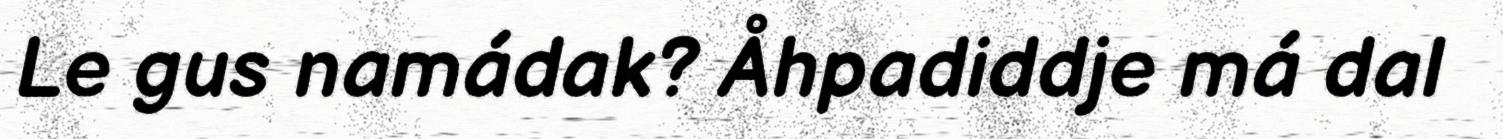
Le gus namádak? Åhpadiddje má dal